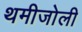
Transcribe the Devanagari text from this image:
थमीजोली